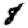
Digit: 8